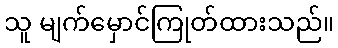
သူ မျက်မှောင်ကြုတ်ထားသည်။